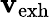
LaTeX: \mathbf{v}_{\mathrm{{exh}}}